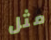
مثل